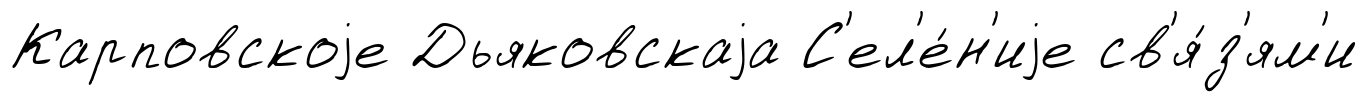
Карповскоjе Дьяковскаjа С'ел'е́н'иjе св'я́з'ям'и